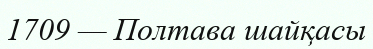
1709 — Полтава шайқасы